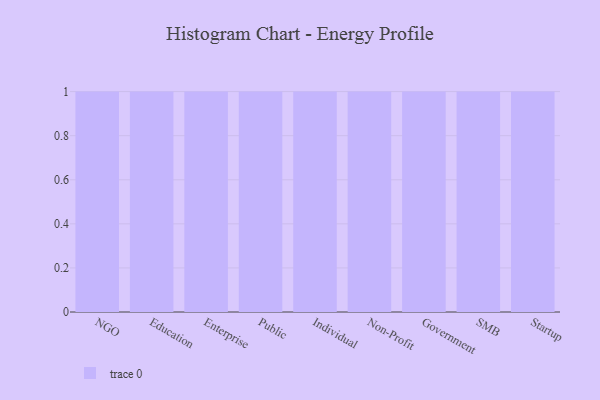
{"axis": {"x": "Segment", "y": "Production Output"}, "legend": [""], "data": [{"x": "NGO", "y": 30, "type": ""}, {"x": "Education", "y": 21, "type": ""}, {"x": "Enterprise", "y": 59, "type": ""}, {"x": "Public", "y": 82, "type": ""}, {"x": "Individual", "y": 45, "type": ""}, {"x": "Non-Profit", "y": 29, "type": ""}, {"x": "Government", "y": 7, "type": ""}, {"x": "SMB", "y": 12, "type": ""}, {"x": "Startup", "y": 10, "type": ""}]}